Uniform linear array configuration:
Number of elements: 32
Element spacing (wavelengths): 0.25
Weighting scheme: binomial
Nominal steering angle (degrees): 60
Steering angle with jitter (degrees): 59.426
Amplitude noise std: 0.05
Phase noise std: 0.05

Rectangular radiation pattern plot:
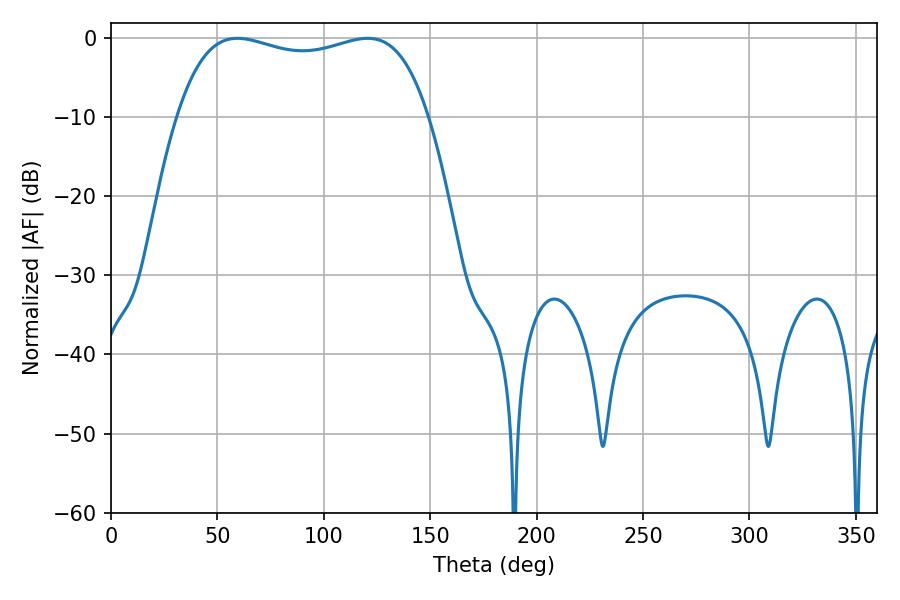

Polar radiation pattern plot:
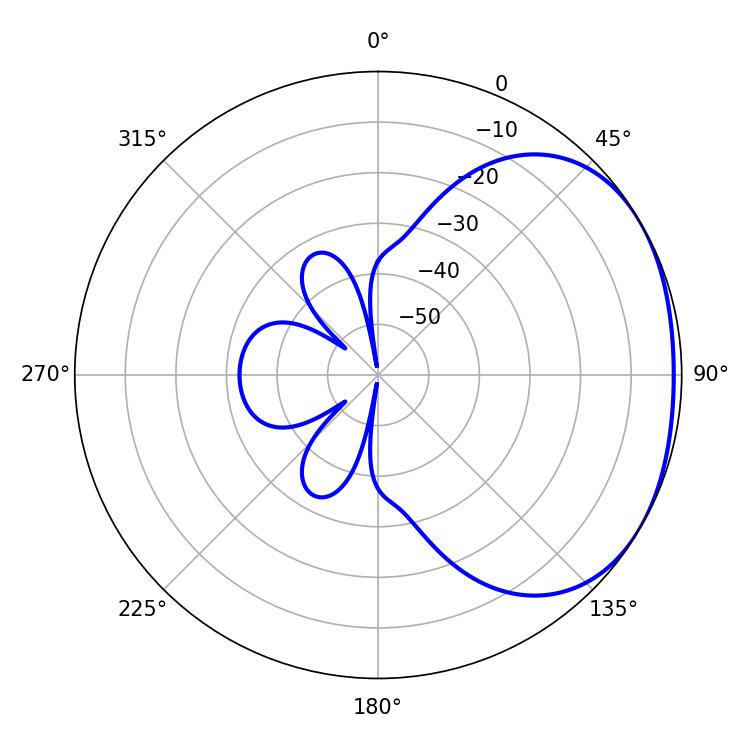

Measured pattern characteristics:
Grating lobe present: FALSE
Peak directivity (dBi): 1.851
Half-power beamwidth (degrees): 95.76
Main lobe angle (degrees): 59.4